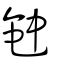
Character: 𥪝